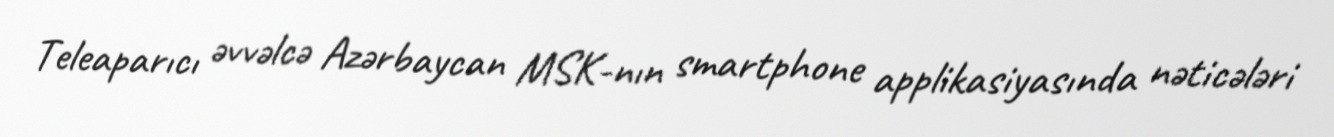
Teleaparıcı əvvəlcə Azərbaycan MSK-nın smartphone applikasiyasında nəticələri